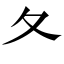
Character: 夂